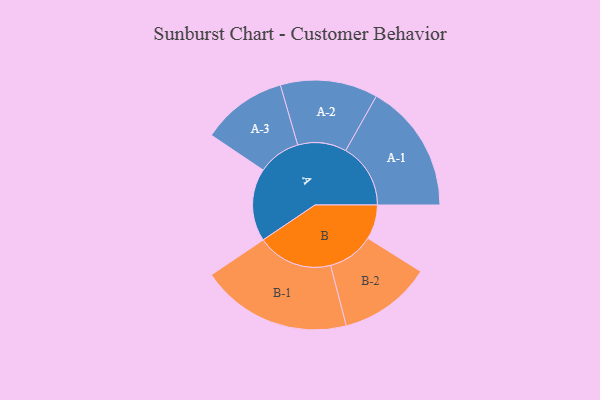
{"axis": {"x": "Segment", "y": "Value"}, "legend": ["", "A", "B"], "data": [{"x": "A", "y": 279, "type": ""}, {"x": "B", "y": 132, "type": ""}, {"x": "A-1", "y": 249, "type": "A"}, {"x": "A-2", "y": 187, "type": "A"}, {"x": "A-3", "y": 164, "type": "A"}, {"x": "B-1", "y": 290, "type": "B"}, {"x": "B-2", "y": 178, "type": "B"}]}